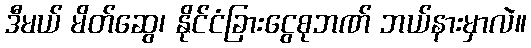
ဒီမယ် မိတ်ဆွေ၊ နိုင်ငံခြားငွေစုဘဏ် ဘယ်နားမှာလဲ။